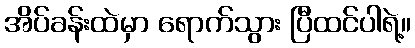
အိပ်ခန်းထဲမှာ ရောက်သွား ပြီထင်ပါရဲ့။